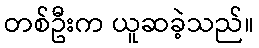
တစ်ဦးက ယူဆခဲ့သည်။